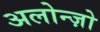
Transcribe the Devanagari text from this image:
अलोन्ज़ो